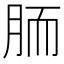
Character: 胹